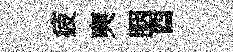
疲奭胭酉